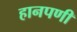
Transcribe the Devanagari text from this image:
हानपणी